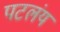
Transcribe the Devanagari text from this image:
पटलंय